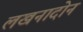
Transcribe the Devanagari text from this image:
लखनादोन